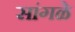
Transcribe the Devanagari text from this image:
सांगळे